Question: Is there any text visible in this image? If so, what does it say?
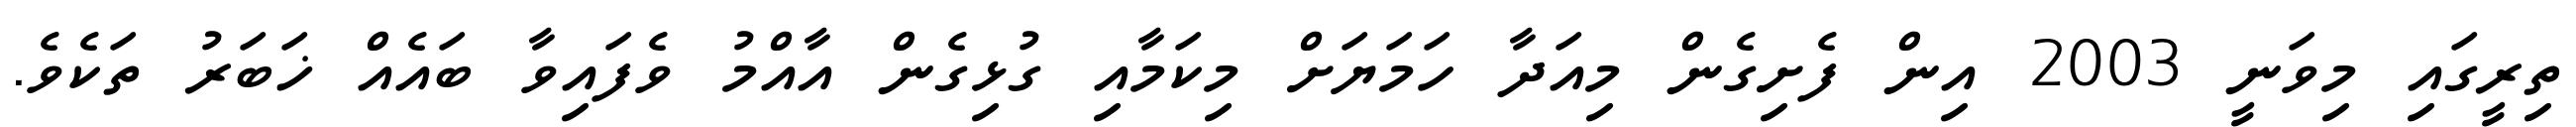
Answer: ތިރީގައި މިވަނީ 2003 އިން ފެށިގެން މިއަދާ ހަމަޔަށް މިކަމާއި ގުޅިގެން އާއްމު ވެފައިވާ ބައެއް ޚަބަރު ތަކެވެ.